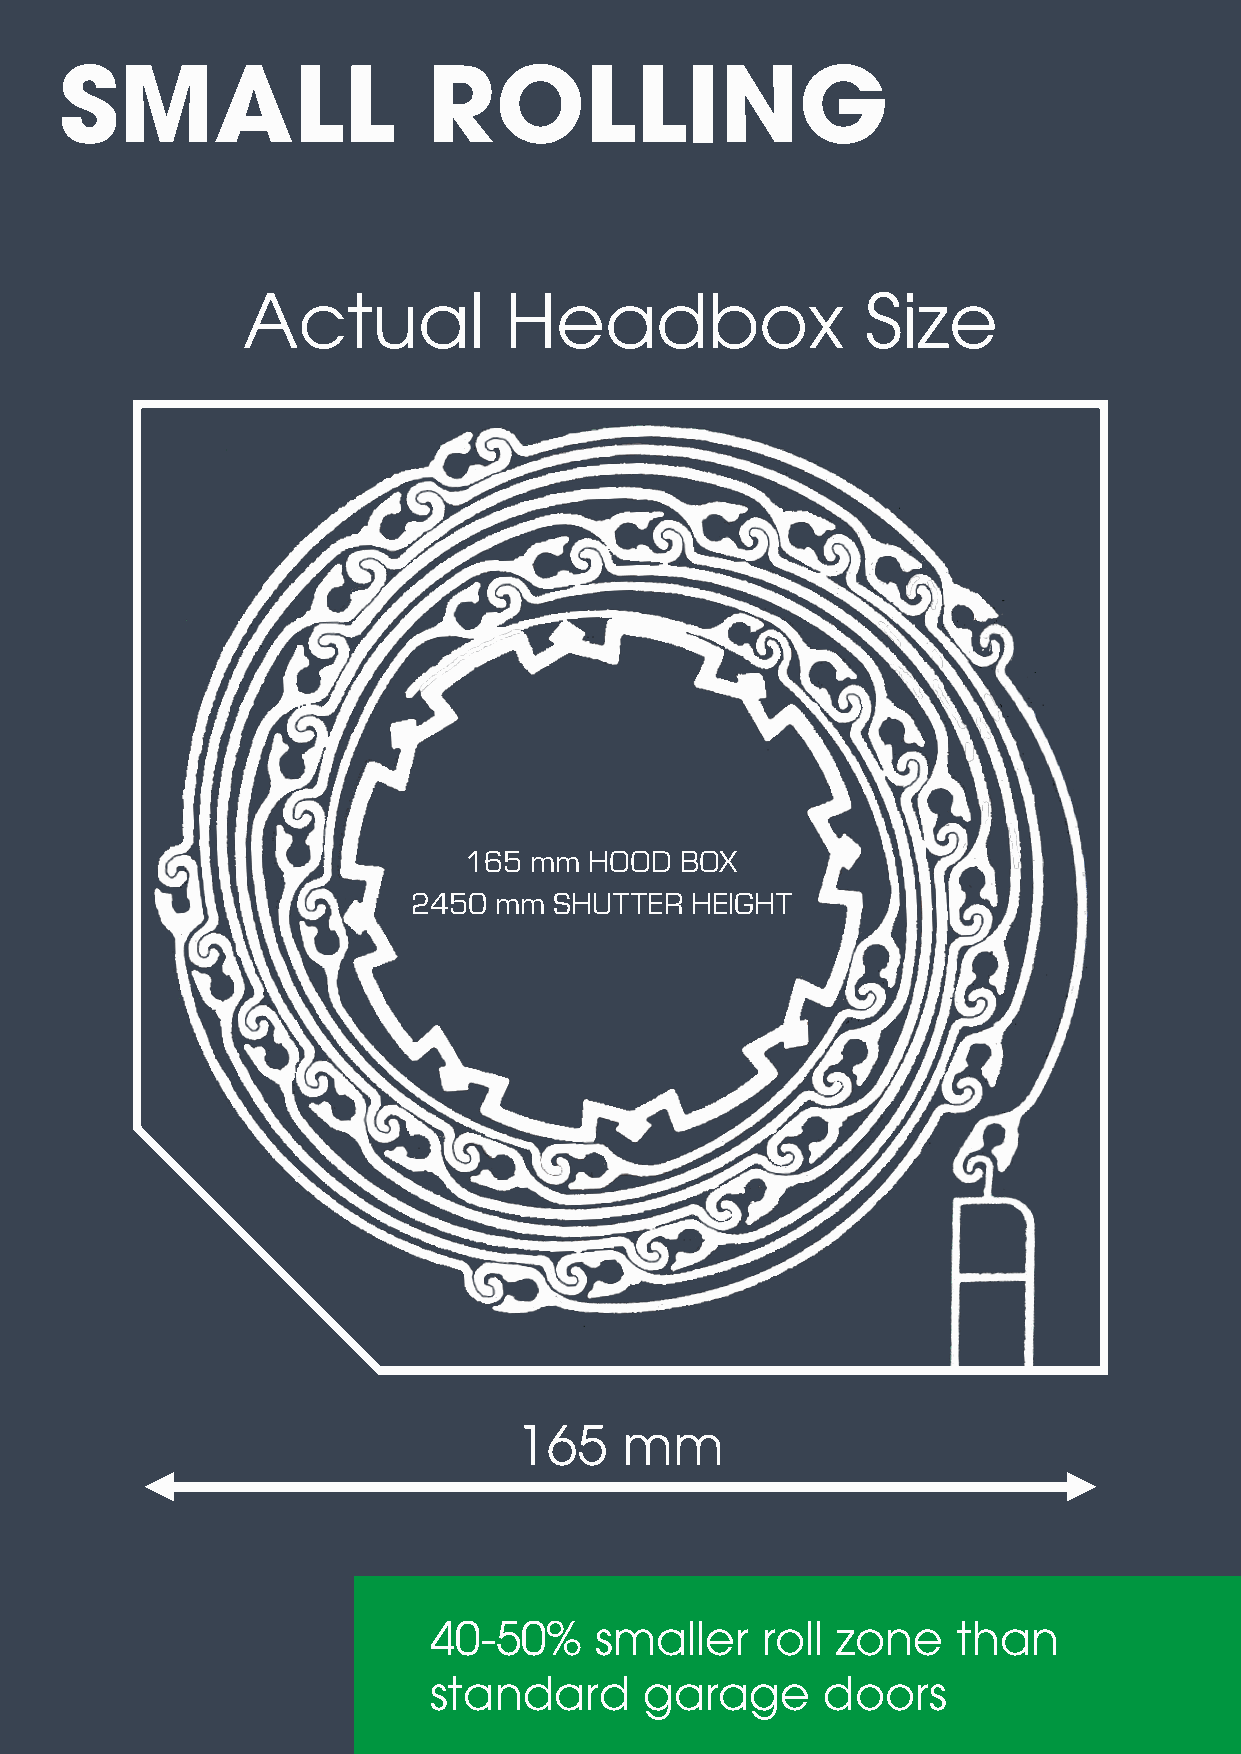
SMALL                   ROLLING
 Actual           Headbox                 Size
 165 mm  HOOD  BOX
 2450  mm  SHUTTER  HEIGHT
 165    mm
 40-50%     smaller    roll zone    than
 standard       garage     doors